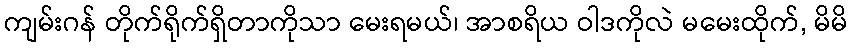
ကျမ်းဂန် တိုက်ရိုက်ရှိတာကိုသာ မေးရမယ်၊ အာစရိယ ဝါဒကိုလဲ မမေးထိုက်, မိမိ